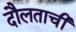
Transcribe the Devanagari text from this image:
दौलताची